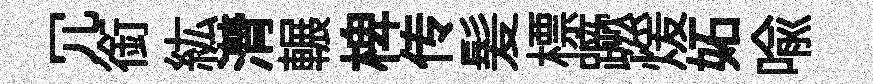
冗銜紘潸輾椑传髪標蹶煖妬喻